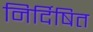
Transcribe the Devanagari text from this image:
निर्दिषित